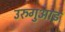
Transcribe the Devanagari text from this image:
उरुगुआइ